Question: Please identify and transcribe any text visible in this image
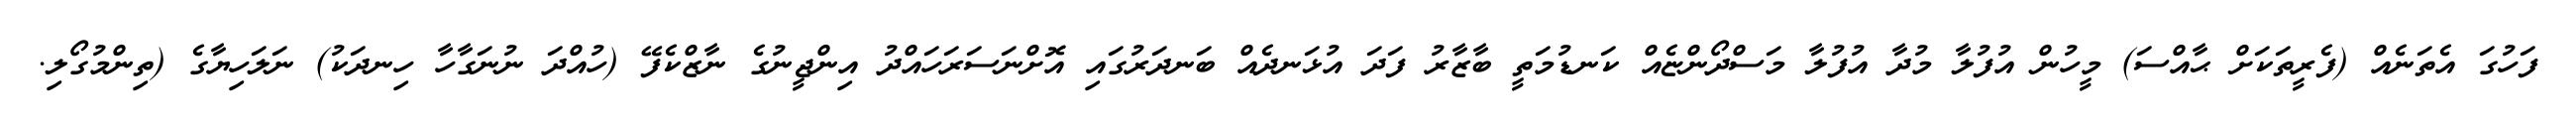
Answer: ފަހުގަ އެތަނެއް (ފެރީތަކަށް ޙާއްސަ) މީހުން އުފުލާ މުދާ އުފުލާ މަސްދޯންޏެއް ކަނޑުމަތީ ބާޒާރު ފަދަ އުޅަނދެއް ބަނދަރުގައި އޮށްނަސަރަހައްދު އިންޖީނުގެ ނާޒްކެފޭ (ހުއްދަ ނުނަގާހާ ހިނދަކު) ނަލަހިޔާގެ (ތިންމުގޯލި.